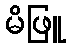
မိဖြူ